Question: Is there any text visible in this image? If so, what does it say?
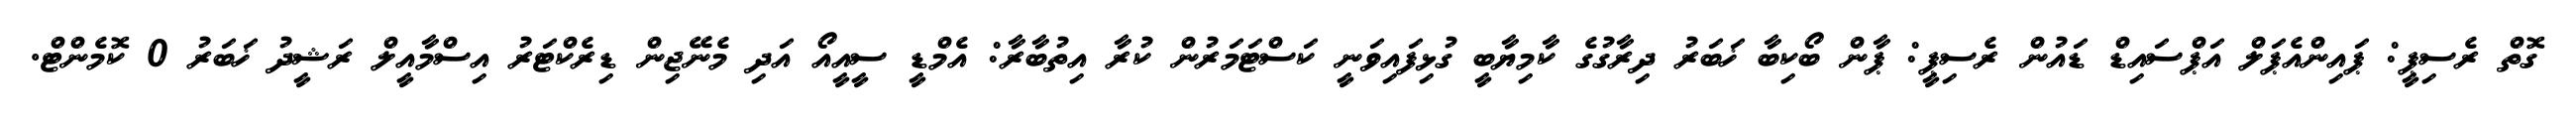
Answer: ގޮތް ރެސިޕީ: ޕައިންއެޕަލް އަޕްސައިޑް ޑައުން ރެސިޕީ: ޕާން ބޯކިބާ ޚަބަރު ދިރާގުގެ ކާމިޔާބީ ގުޅިފައިވަނީ ކަސްޓަމަރުން ކުރާ އިތުބާރާ: އެމްޑީ ސީއީއޯ އަދި މެނޭޖިން ޑިރެކްޓަރު އިސްމާއީލް ރަޝީދު ޚަބަރު 0 ކޮމެންޓް.